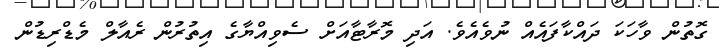
ގޮތުން ވާހަކަ ދައްކާފައެއް ނުވެއެވެ. އަދި މޮރާޓާއަށް ސެވިއްޔާގެ އިތުރުން ރެއާލް މެޑްރިޑުން